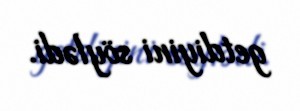
getdiyini söylədi.